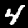
Digit: 4